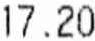
17.20